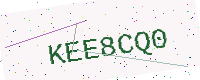
Text: KEE8CQ0